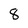
Character: 8